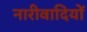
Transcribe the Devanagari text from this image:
नारीवादियों